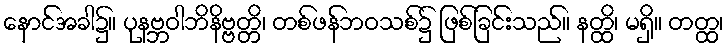
နောင်အခါ၌။ ပုနဗ္ဘဝါဘိနိဗ္ဗတ္တိ၊ တစ်ဖန်ဘဝသစ်၌ ဖြစ်ခြင်းသည်။ နတ္ထိ၊ မရှိ။ တတ္ထ၊